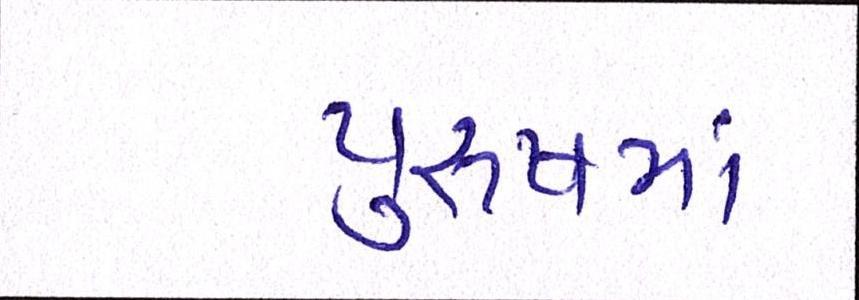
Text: પુરુષમાં